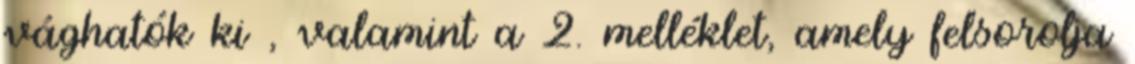
vághatók ki , valamint a 2. melléklet, amely felsorolja